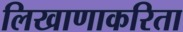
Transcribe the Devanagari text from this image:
लिखाणाकरिता